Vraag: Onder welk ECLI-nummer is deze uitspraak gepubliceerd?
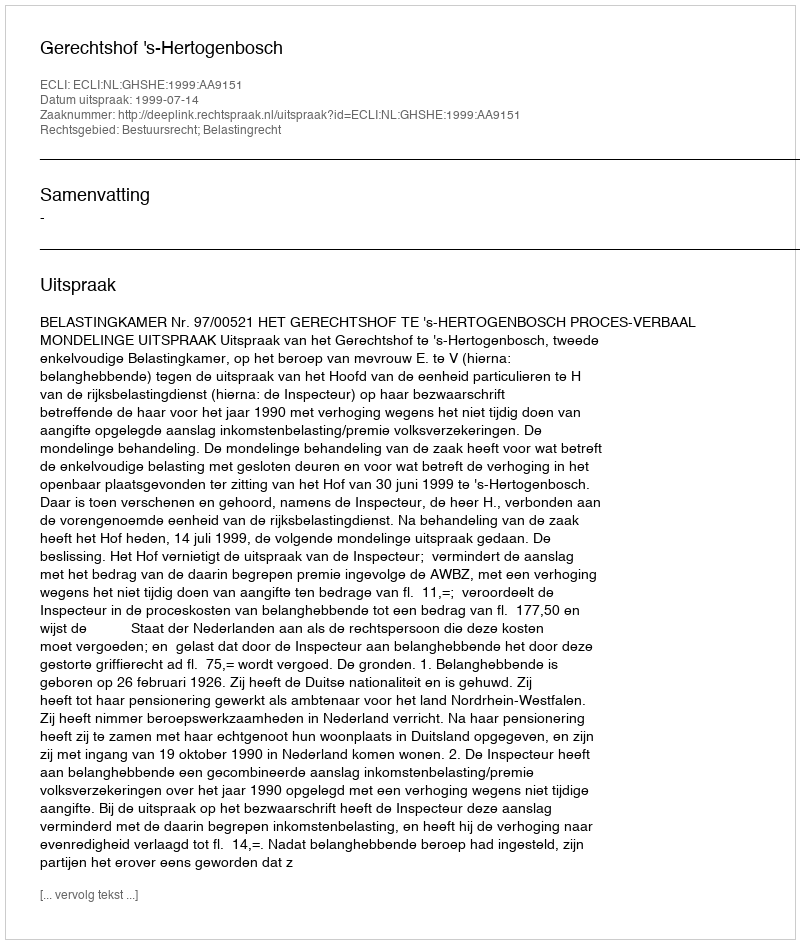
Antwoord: ECLI:NL:GHSHE:1999:AA9151